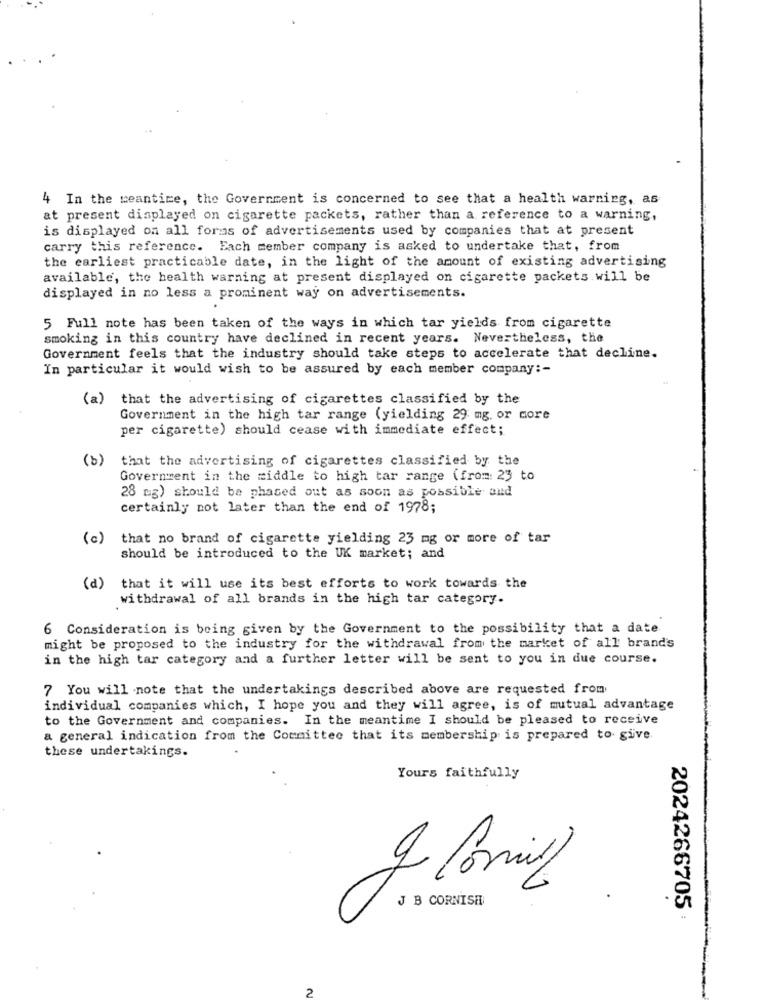
4 In the meantime, the Government is concerned to see that a health warning, as
at present displayed on cigarette packets, rather than a reference to a warning,
is displayed on all forms of advertisements used by companies that at present
carry this reference. Each member company is asked to undertake that, from
the earliest practicable date, in the light of the amount of existing advertising
available, the health warning at present displayed on cigarette packets.will be
displayed in no less a prominent way on advertisements.
5 Full note has been taken of the ways in which tar yields from cigarette
smoking in this country have declined in recent years. Nevertheless, the
Government feels that the industry should take steps to accelerate that decline.
In particular it would wish to be assured by each member company :-
(a) that the advertising of cigarettes classified by the
Government in the high tar range (yielding 29 mg, or more
per cigarette) should cease with immediate effect;
(b)
that the advertising of cigarettes classified by the
Government in the middle to high tar range (from: 23 to
28 mg) should be phased out as soon as possible and
certainly not later than the end of 1978;
(c)
that no brand of cigarette yielding 23 mg or more of tar
should be introduced to the UK market; and
(d) that it will use its best efforts to work towards the
withdrawal of all brands in the high tar category.
6 Consideration is being given by the Government to the possibility that a date
might be proposed to the industry for the withdrawal from the market of all brand's
in the high tar category and a further letter will be sent to you in due course.
7 You will note that the undertakings described above are requested from
individual companies which, I hope you and they will agree, is of mutual advantage
to the Government and companies. In the meantime I should be pleased to receive
a general indication from the Committee that its membership is prepared to give
these undertakings.
Yours faithfully
V
J B CORNISH
2024266705 :
2